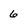
Character: 6